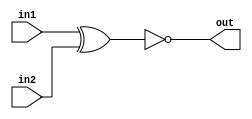
module XNOR
(
    input in1,
    input in2,
    output reg out
    );
    
    
 always@*
 out = ~(in1 ^ in2);
endmodule